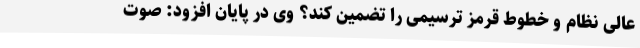
عالی نظام و خطوط قرمز ترسیمی را تضمین کند؟ وی در پایان افزود:‌ صوت